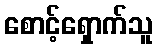
စောင့်ရှောက်သူ